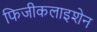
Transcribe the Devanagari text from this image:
फिजीकलाइशेन